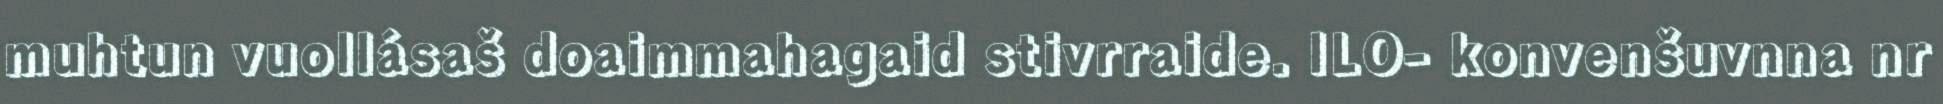
muhtun vuollásaš doaimmahagaid stivrraide. ILO- konvenšuvnna nr